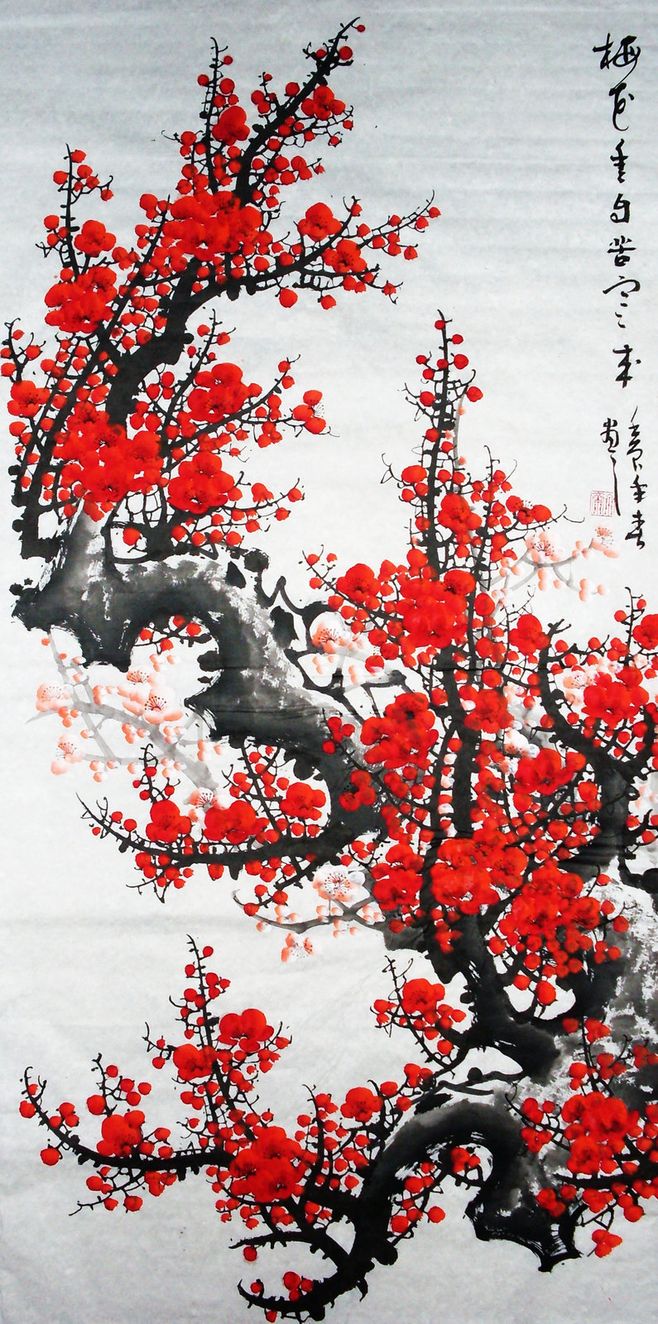
疏是枝条艳是花，春妆儿女竞奢华。